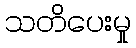
သတိပေးမှု